Report on enteric fever
Disease focus: Fever
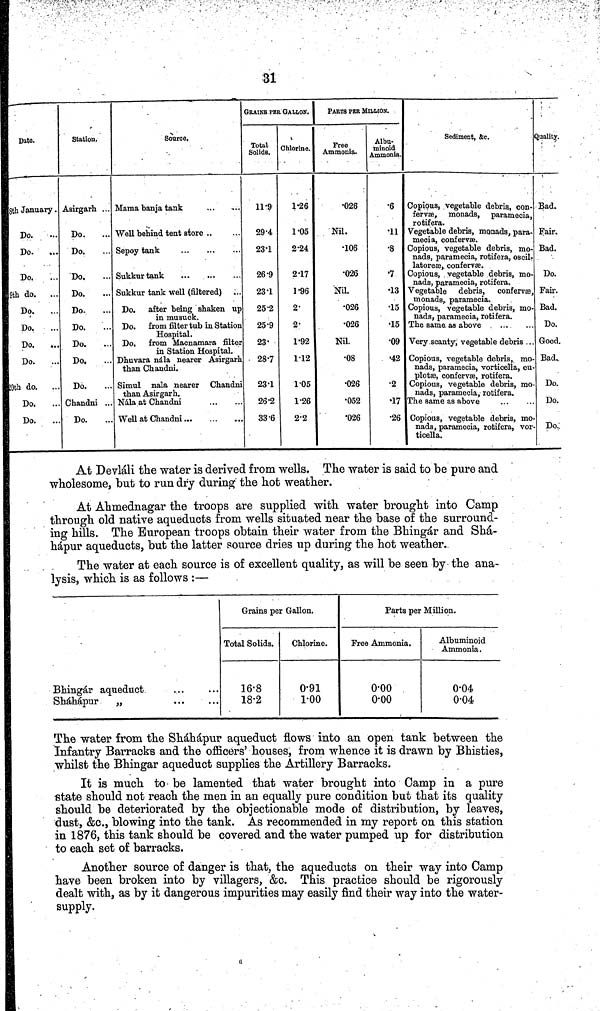
31
Date.
8th January.
Do.
Do.
...
Do.
9th do. ...
Do.
...
Do.
Do.
Do.
20th do.
Do.
Do.
Station.
Asirgarh . .
Do.
Do.
Do,
Do.
Do. ...
Do.
Do.
Do.
Do.
Chandni ...
Do.
Source.
Mama banja tank
Well behind tent store
Sepoy tank
Sukkur tank
Sukkur tank well (filtered)
Do. after being shaken up
in musuck.
Do. from filter tub in Station
Hospital.
Do,
from Macnamara filter
in Station Hospital.
Dhuvara nála nearer Asirgarh
than Chandni.
Simul nala nearer Chandni
than Asirgarh.
Nála at Chandni
Well at Chandni
GRAINS PER GALLON.
Total
Solids.
11·9
29·4
23·1
26·9
23·1
25·2
25·9
23·
28·7
23·1
26·2
33·6
Chlorine.
1·26
1·05
2·24
2·17
1·96
2·
2·
1·92
1·12
1·05
1·26
2·2
PARTS PER MILLION.
Free
Ammonia.
026
Nil.
106
026
Nil.
026
026
Nil.
08
026
052
026
Albu-
minoid
Ammonia.
6
11
8
7
13
15
15
09
42
2
17
26
Sediment, &c.
Copious, vegetable debris, con-
fervæ, monads, paramecia,
rotifera.
Vegetable debris, monads, para-
mecia, confervæ.
Copious, vegetable debris, mo-
nads, paramecia, rotifera, oscil-
latoreæ, confervæ.
Copious, vegetable debris, mo-
nads, paramecia, rotifera.
Vegetable debris,
confervæ,
monads, paramecia.
Copious, vegetable debris, mo-
nads, paramecia, rotifera.
The same as above
Very scanty, vegetable debris .
Copious, vegetable debris, mo-
nads, paramecia, vorticella, cu-
plotæ, confervæ, rotifera.
Copious, vegetable debris, mo-
nads, paramecia, rotifera.
The same as above
Copious, vegetable debris, mo-
nads, paramecia, rotifera, voi-
ticella.
Quality.
Bad.
Fair.
Bad.
Do.
Fair.
Bad.
Do.
Good.
Bad.
Do.
Do.
Do.
At Devláli the water is derived from wells. The water is said to be pure and
wholesome, but to run dry during the hot weather.
At Ahmednagar the troops are supplied with water brought into Camp
through old native aqueducts from wells situated near the base of the surround-
ing hills. The European troops obtain their water from the Bhingár and Shá-
hápur aqueducts, but the latter source dries up during the hot weather.
The water at each source is of excellent quality, as will be seen by the ana-
lysis, which is as follows :—
Bhingár aqueduct
Sháhápur „
Grains per Gallon.
Total Solids.
16·8
18·2
Chlorine.
0·91
1·00
Parts per Million.
Free Ammonia.
0·00
0·00
Albuminoid
Ammonia.
0·04
0·04
The water from the Sháhápur aqueduct flows into an open tank between the
Infantry Barracks and the officers' houses, from whence it is drawn by Bhisties,
whilst the Bhingar aqueduct supplies the Artillery Barracks.
It is much to be lamented that water brought into Camp in a pure
state should not reach the men in an equally pure condition but that its quality
should be deteriorated by the objectionable mode of distribution, by leaves,
dust, &c., blowing into the tank. As recommended in my report on this station
in 1876, this tank should be covered and the water pumped up for distribution
to each set of barracks.
Another source of danger is that, the aqueducts on their way into Camp
have been broken into by villagers, &c. This practice should be rigorously
dealt with, as by it dangerous impurities may easily find their way into the water-
supply.